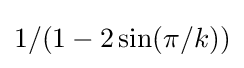
1/(1-2\sin(\pi /k))